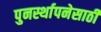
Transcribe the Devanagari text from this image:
पुनर्स्थापनेसाठी